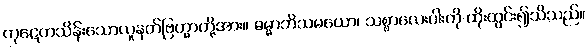
ကုဋေတသိန်းသောလူနတ်ဗြဟ္မာတို့အား။ ဓမ္မာဘိသမယော၊ သစ္စာလေးပါးကို ထိုးထွင်း၍သိသည်။